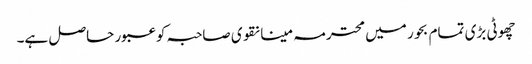
چھوٹی بڑی تمام بحور میں محترمہ مینا نقوی صاحبہ کو عبور حاصل ہے۔